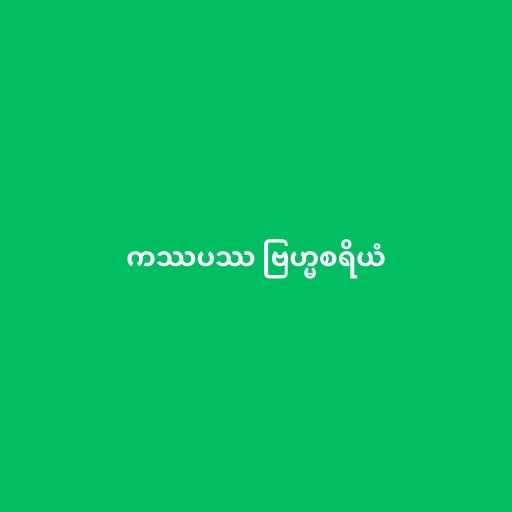
ကဿပဿ ဗြဟ္မစရိယံ